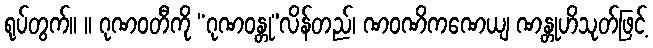
ရုပ်တွက်။ ။ ဂုဏဝတီကို “ဂုဏဝန္တု”လိန်တည်၊ ဏဝဏိကဏေယျ ဏန္တုဟိသုတ်ဖြင့်